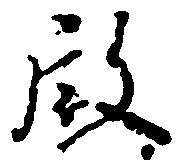
殿